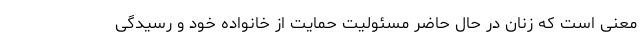
معنی است که زنان در حال حاضر مسئولیت حمایت از خانواده خود و رسیدگی